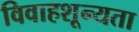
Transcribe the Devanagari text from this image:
विवाहशून्यता